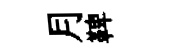
月鞞